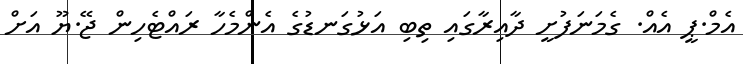
އެމް.ޕީ އެއް. ގެމަނަފުށީ ދާއިރާގައި ތިބި އަޅުގަނޑުގެ އެންމެހާ ރައްޓެހިން ޖޭ.ޔޫ އަށް